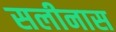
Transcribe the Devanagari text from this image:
सलीनास